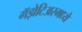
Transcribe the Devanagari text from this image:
गॅझेटिअरमध्ये